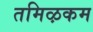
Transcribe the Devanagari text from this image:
तमिऴकम